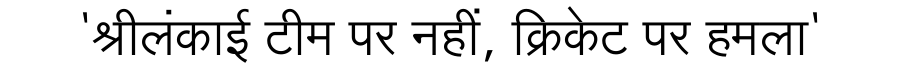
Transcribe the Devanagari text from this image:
'श्रीलंकाई टीम पर नहीं, क्रिकेट पर हमला'